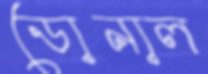
ডোনাল